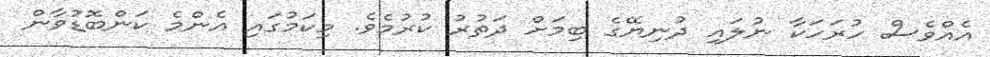
އެއްވެސް ހުރަހަކާ ނުލައި ދުނިޔޭގެ ބިމަށް ދަތުރު ކުރުމެވެ. މިކަމުގައި އެންމެ ކަންބޮޑުވާން